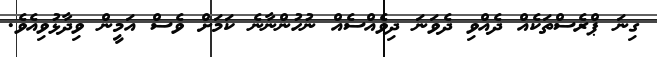
ގިނަ ޕްރެސްތަކެއް ދެއްވި ދެވަނަ ދިވެއްސެއް ނުހުންނާނެ ކަމަށް ވެސް އަމީން ވިދާޅުވިއެވެ.